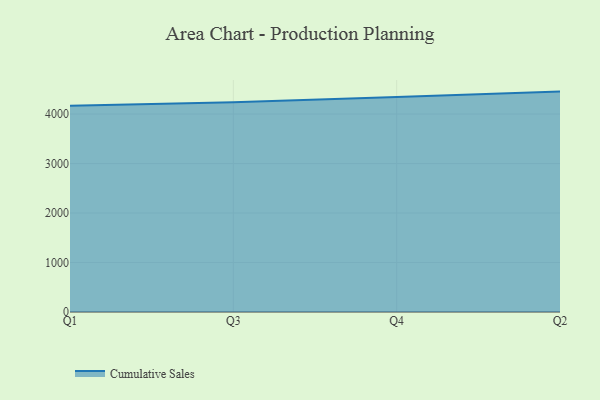
{"axis": {"x": "Quarter", "y": "Revenue (USD Million)"}, "legend": ["Cumulative Sales"], "data": [{"x": "Q1", "y": 4168.3, "type": "Cumulative Sales"}, {"x": "Q3", "y": 4238.6, "type": "Cumulative Sales"}, {"x": "Q4", "y": 4346.7, "type": "Cumulative Sales"}, {"x": "Q2", "y": 4454.1, "type": "Cumulative Sales"}]}